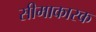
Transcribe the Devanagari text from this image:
सीमाकारक